Calcutta medical institutions reports 1871-78
Year: 1871
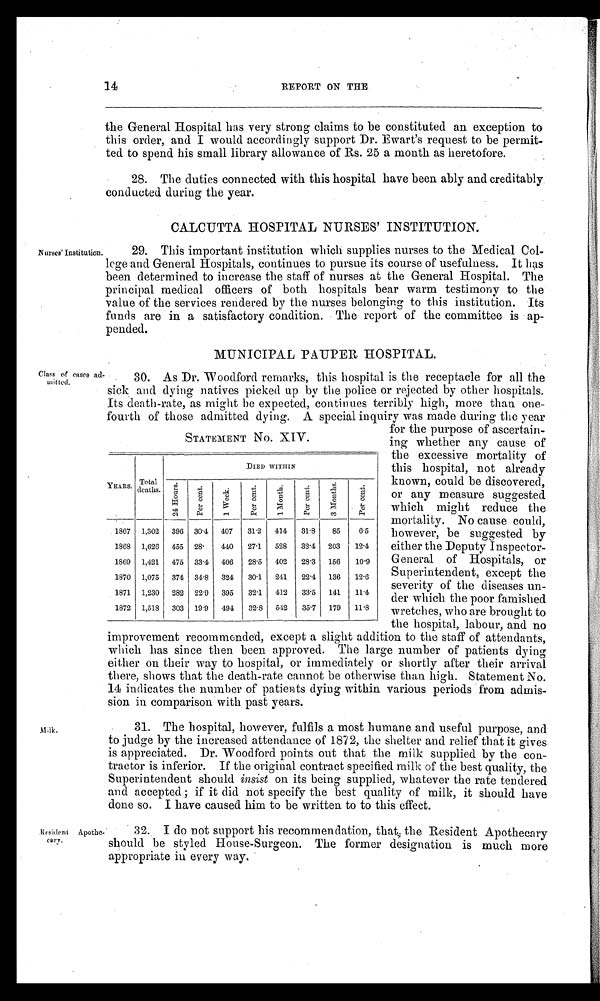
14
REPORT ON THE
Nurses' Institution.
the General Hospital has very strong claims to be constituted an exception to
this order, and I would accordingly support Dr. Ewart's request to be permit-
ted to spend his small library allowance of Rs. 25 a month as heretofore.
28. The duties connected with this hospital have been ably and creditably
conducted during the year.
CALCUTTA HOSPITAL NURSES' INSTITUTION.
29. This important institution which supplies nurses to the Medical Col-
lege and General Hospitals, continues to pursue its course of usefulness. It has
been determined to increase the staff of nurses at the General Hospital. The
principal medical officers of both hospitals bear warm testimony to the
value of the services rendered by the nurses belonging to this institution. Its
funds are in a satisfactory condition. The report of the committee is ap-
pended.
MUNICIPAL PAUPER HOSPITAL.
Class of eases ad.
witted.
30. As Dr. 'Woodford remarks, this hospital is the receptacle for all the
sick and dying natives picked up by the police or rejected by other hospitals.
Its death-rate, as might be expected, continues terribly high, more than one-
fourth of those admitted d y in g . A snecial inquiry was made durin g the year
STATEMENT NO. XIV.
YEARS.
Total
deaths.
DIED WITHIN
2 4 h o u r s .
P e r c e n t .
1 W e e k
P e r c e n t
1 M o n t h
P e r c e n t
3 M o n t h s .
P e r c e n t .
1867
1,302
396
30.4
407
31.2
414
31.8
85
6.5
1868
1,626
455 28.
440
27.1
528
32.4
2 0 3
12.4
1869
1,421
475
33.4
406
28.5
402
28.3
156
10.9
1870
1,075
374
34.8
324
30.1
241
22.4
136
12.6
1871
1,230
282 22.9
395
32.1
412
33.5
141
11.4
1872 1,518
303
19.9
494
32.8
542
35.7
179
11.8
for the purpose of ascertain-
ing whether any cause of
the excessive mortality of
this hospital, not already
known, could be discovered,
or any measure suggested
which might reduce the
mortality. No cause could,
however, be suggested by
either the Deputy Inspector-
General of Hospitals, or
Superintendent, except the
severity of the diseases un-
der which the poor famished
wretches, who are brought to
the hospital, labour, and no
Resident Apothe-
c ar y .
improvement recommended, except a slight addition to the staff of attendants,
which has since then been approved. The large number of patients dying
either on their way to hospital, or immediately or shortly after their arrival
there, shows that the death-rate cannot be otherwise than high. Statement No.
14 indicates the number of patients dying within various periods from admis-
sion in comparison with past years.
31. The hospital, however, fulfils a most humane and useful purpose, and
to judge by the increased attendance of 1872, the shelter and relief that it gives
is appreciated. Dr. Woodford points out that the milk supplied by the con-
tractor is inferior. If the original contract specified milk of the best quality, the
Superintendent should insist on its being supplied, whatever the rate tendered
and accepted ; if it did not specify the best quality of milk, it should have
done so. I have caused him to be written to to this effect.
32. I do not support his recommendation, that the Resident Apothecary
should be styled House-Surgeon. The former designation is much more
appropriate in every way.